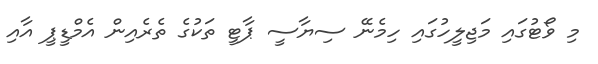
މި ވޯޓުގައި މަޖިލީހުގައި ހިމެނޭ ސިޔާސީ ޕާޓީ ތަކުގެ ތެރެއިން އެމްޑީޕީ އާއި